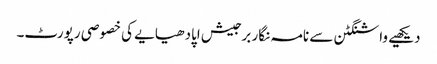
دیکھیے واشنگٹن سے نامہ نگار برجیش اپادھیایے کی خصوصی رپورٹ۔